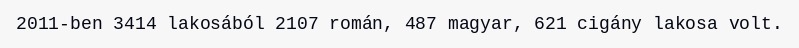
2011-ben 3414 lakosából 2107 román, 487 magyar, 621 cigány lakosa volt.